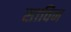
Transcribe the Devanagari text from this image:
साविन